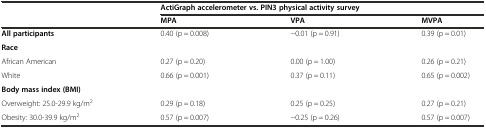
<table><thead><tr><td>[EMPTY_CELL]</td><td colspan="3"><b>ActiGraph accelerometer vs. PIN3 physical activity survey</b></td></tr><tr><td>[EMPTY_CELL]</td><td><b>MPA</b></td><td><b>VPA</b></td><td><b>MVPA</b></td></tr></thead><tbody><tr><td><b>All participants</b></td><td>0.40 (p = 0.008)</td><td>−0.01 (p = 0.91)</td><td>0.39 (p = 0.01)</td></tr><tr><td><b>Race</b></td><td>[EMPTY_CELL]</td><td>[EMPTY_CELL]</td><td>[EMPTY_CELL]</td></tr><tr><td>African American</td><td>0.27 (p = 0.20)</td><td>0.00 (p = 1.00)</td><td>0.26 (p = 0.21)</td></tr><tr><td>White</td><td>0.66 (p = 0.001)</td><td>0.37 (p = 0.11)</td><td>0.65 (p = 0.002)</td></tr><tr><td><b>Body mass index (BMI)</b></td><td>[EMPTY_CELL]</td><td>[EMPTY_CELL]</td><td>[EMPTY_CELL]</td></tr><tr><td>Overweight: 25.0-29.9 kg/m<sup>2</sup></td><td>0.29 (p = 0.18)</td><td>0.25 (p = 0.25)</td><td>0.27 (p = 0.21)</td></tr><tr><td>Obesity: 30.0-39.9 kg/m<sup>2</sup></td><td>0.57 (p = 0.007)</td><td>−0.25 (p = 0.26)</td><td>0.57 (p = 0.007)</td></tr></tbody></table>